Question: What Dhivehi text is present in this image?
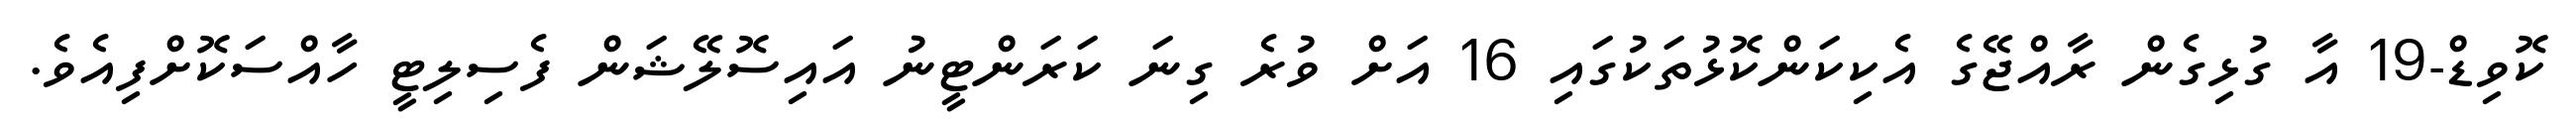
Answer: ކޮވިޑް-19 އާ ގުޅިގެން ރާއްޖޭގެ އެކިކަންކޮޅުތަކުގައި 16 އަށް ވުރެ ގިނަ ކަރަންޓީނު އައިސޮލޭޝަން ފެސިލިޓީ ހާއްސަކޮށްފިއެވެ.